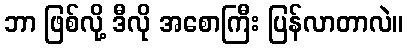
ဘာ ဖြစ်လို့ ဒီလို အစောကြီး ပြန်လာတာလဲ။